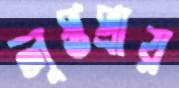
লুপ্তপ্রায়